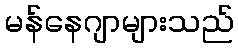
မန်နေဂျာများသည်